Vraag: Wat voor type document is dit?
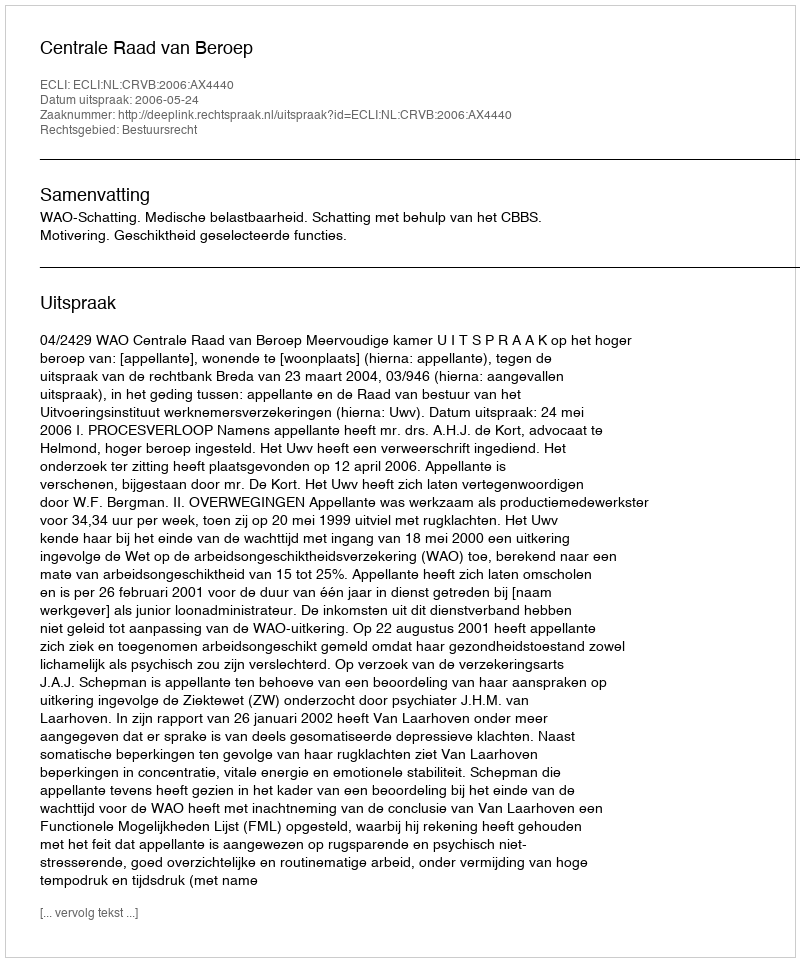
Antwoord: Uitspraak